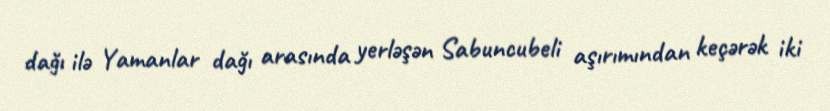
dağı ilə Yamanlar dağı arasında yerləşən Sabuncubeli aşırımından keçərək iki